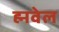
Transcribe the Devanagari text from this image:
ह्मवेल